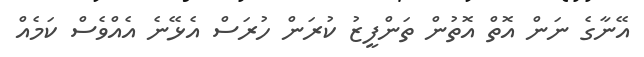
އޭނާގެ ނަން އޮތް އޮތުން ތަންފީޒު ކުރަން ހުރަސް އެޅޭނެ އެއްވެސް ކަމެއް